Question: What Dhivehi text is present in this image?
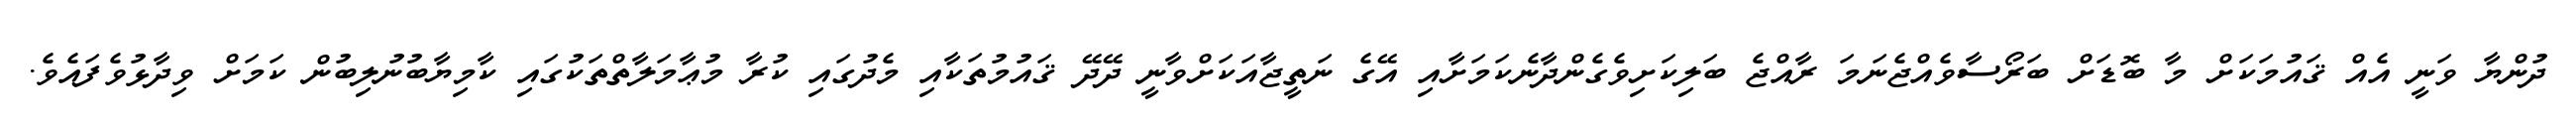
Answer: ދުންޔާ ވަނީ އެއް ޤައުމަކަށް މާ ބޮޑަށް ބަރޯސާވެއްޖެނަމަ ރާއްޖެ ބަލިކަށިވެގެންދާނެކަމަށާއި އޭގެ ނަތީޖާއަކަށްވާނީ ދޭދޭ ޤައުމުތަކާއި މެދުގައި ކުރާ މުޢާމަލާތްތަކުގައި ކާމިޔާބުނުލިބުން ކަމަށް ވިދާޅުވެފައެވެ.